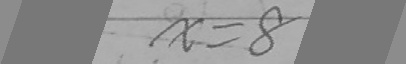
\overline { x = 8 }